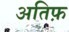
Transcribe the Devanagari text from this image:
अतिफ़